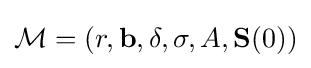
{\mathcal {M}}=(r,\mathbf {b} ,\mathbf {\delta } ,\mathbf {\sigma } ,A,\mathbf {S} (0))